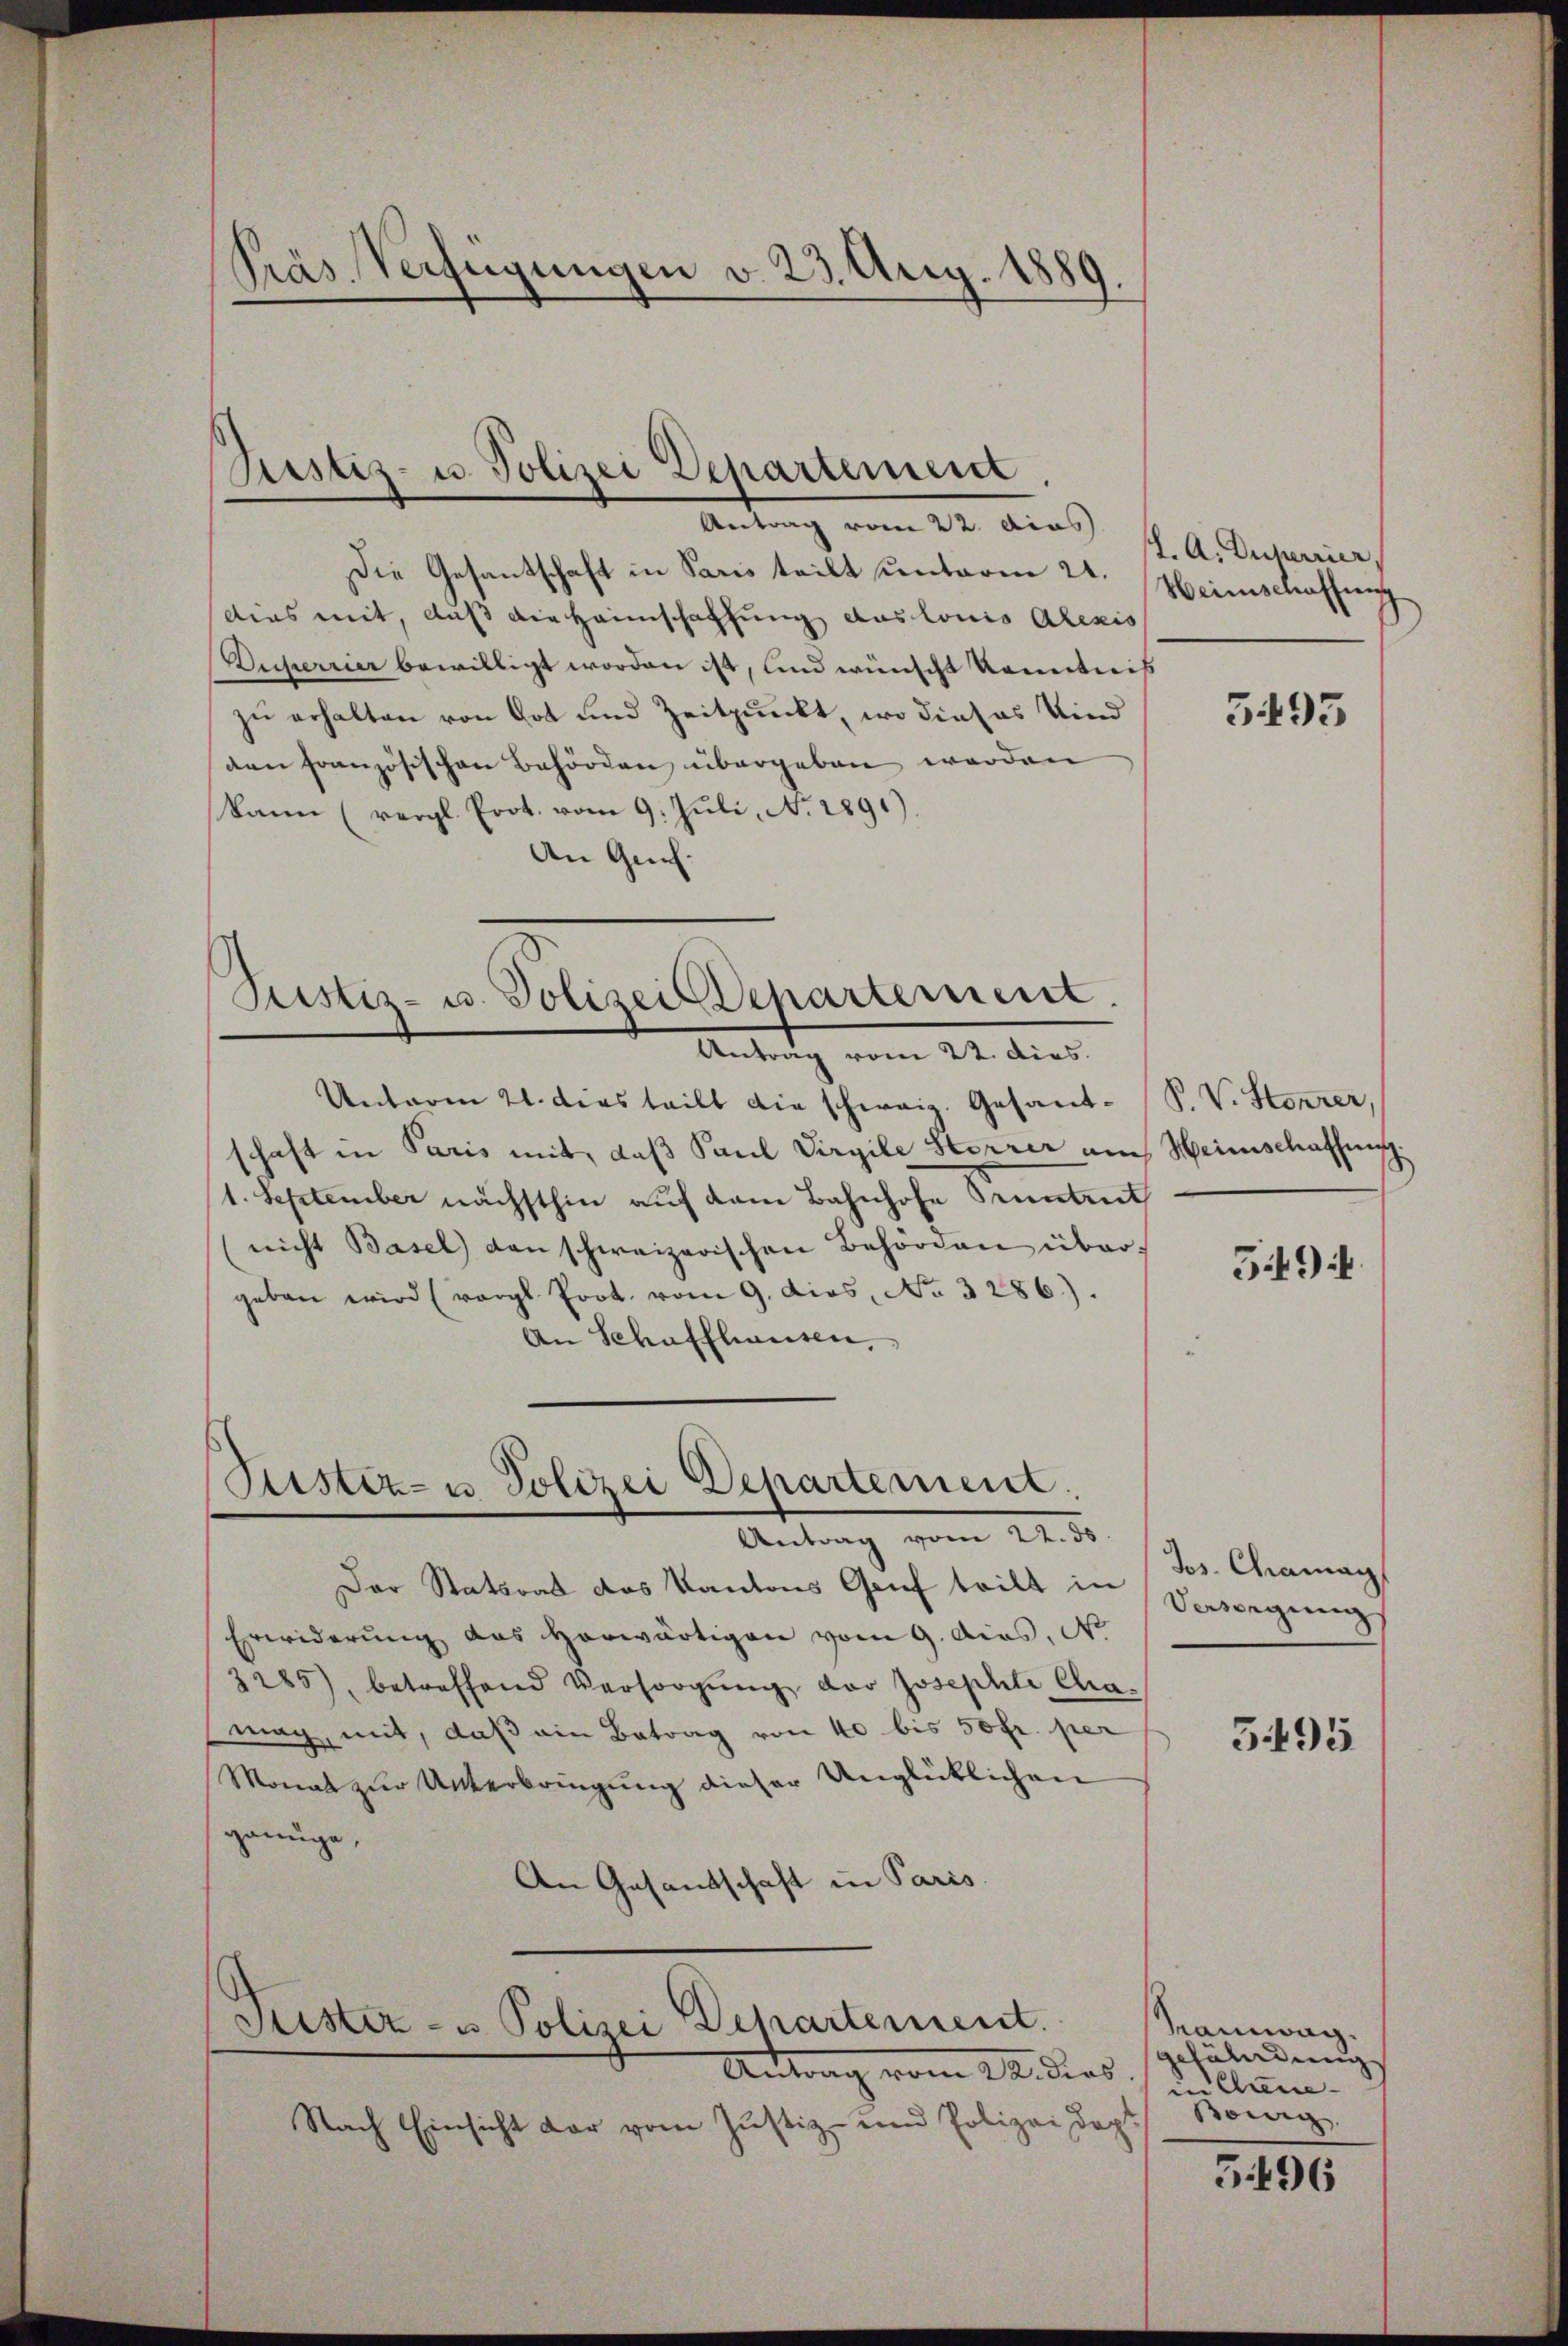
Die Gesantschaft in Paris teilt unterm 21. Heimschaffung
dias mit, auß die Heimschaffung auslonio Alexis
Buserrier bewilligt worden ist, und wünscht konntweis
zu erhalten von Got und Zeitpunkt, wo dieses Kind
ven französischen Behörden übergeben werden
kann (vergl. Prot. vom 9. Juli, No. 2891).
An Gech:

Präs. Verfügungen v. 23. Aug. 1889.

Justiz- u. Polizei Departement
Antrag vom 22. dies

Sistiz- u. Polizei Departement.
Antrag vom 22. dies

Unterm 21. dies teilt die schweiz. Gesand- P. V. Storrer,
schaft in Paris mit, daß Paul Virgile Herrer am Weinschaffung.
1. September nächsthin auf dem Bahnhofe Sonntent
(nicht Basel den schweizerischen Behörden über-
geben wird (vergl. Prot. vom 9. dies, No 3286).
An Schaffhausen,

Stister- u Polizei Departement.
Antrag vom 24. ds.

Antrag vom 14. dies
Nach Einsicht dar vom Justiz- und Polizei dopt

Der Statsrat des Kantons Genf teilt in Versiegung
Erwiderung das Horwärtigen vom 9. dies. N
3285), betreffend Versorgŭng der Josephli Cha-
mag, mit, daß ein Betrag von 40 bis 50 fr. per
Monat zur Unterbringung dieser Unglücklichen
gange,
An Gesandschaft in Paris

Puster- u Polizei Departement.

. A. Duperiier

3495

59:

Jos. Chramag
5495

Kamwag.
gefährdung
in Ehrene
Bowig

5496